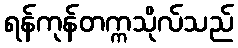
ရန်ကုန်တက္ကသိုလ်သည်